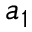
a _ { 1 }